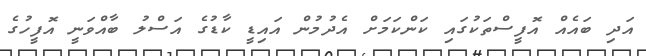
އަދި ބައެއް އޮފީސްތަކުގައި ކަންކަމަށް އެދުމުން އައިޑީ ކާޑުގެ އަސްލު ބާއްވަނީ އޮފީހުގެ